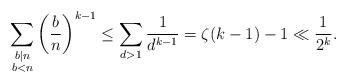
LaTeX: \begin{align*} \sum_{\substack{b \mid n \\ b < n}} \left( \frac{b}{n} \right)^{k-1} \leq \sum_{d > 1} \frac{1}{d^{k-1}} = \zeta(k-1) - 1 \ll \frac{1}{2^k}.\end{align*}